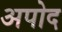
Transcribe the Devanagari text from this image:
अपोद